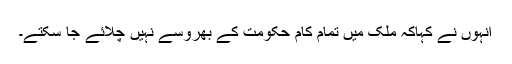
انہوں نے کہاکہ ملک میں تمام کام حکومت کے بھروسے نہیں چلائے جا سکتے۔